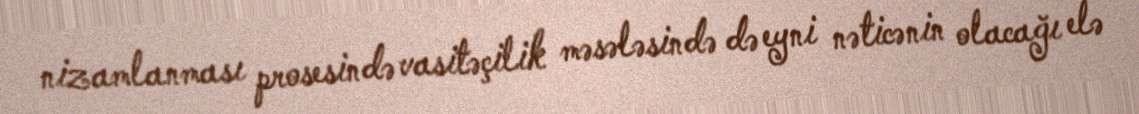
nizamlanması prosesində vasitəçilik məsələsində də eyni nəticənin olacağı elə